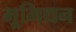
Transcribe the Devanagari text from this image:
भूमिधन